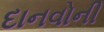
દાનવોની